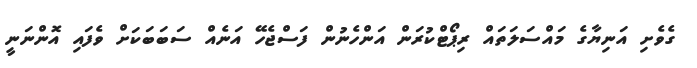
ގެވެށި އަނިޔާގެ މައްސަލަތައް ރިޕޯޓްކުރަން އަންހެނުން ފަސްޖެހޭ އަނެއް ސަބަބަކަށް ވެފައި އޮންނަނީ